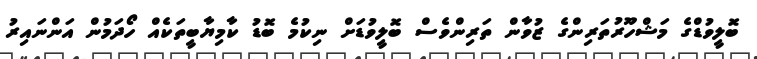
ބޮލީވުޑްގެ މަޝްހޫރުތަރިންގެ ޒުވާން ތަރިންވެސް ބޮލީވުޑަށް ނިކުމެ ބޮޑު ކާމިޔާބީތަކެއް ހޯދަމުން އަންނައިރު